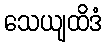
သေယျထိဒံ